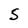
Character: 5